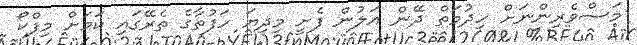
މަސްވެރިންނަށް ހިދުމަތް ދޭން އަލުން ފެށީ މިދިޔަ ހަފުތާގެ ތެރޭގައި ކަމަށް މިފްކޯ